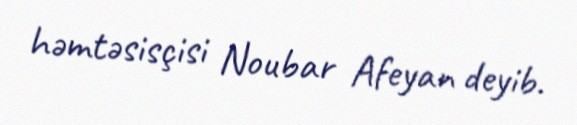
həmtəsisçisi Noubar Afeyan deyib.